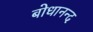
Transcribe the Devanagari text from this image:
बोधानन्द